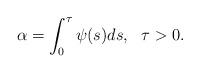
LaTeX: \begin{align*} \alpha =\int_0^\tau \psi(s) ds, \ \ \tau > 0. \end{align*}